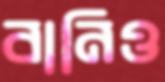
বানিও